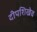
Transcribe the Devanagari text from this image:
दीपशिखेव